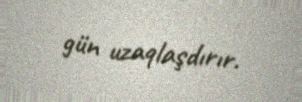
gün uzaqlaşdırır.